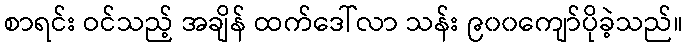
စာရင်း ဝင်သည့် အချိန် ထက်ဒေါ်လာ သန်း ၉၀၀ကျော်ပိုခဲ့သည်။